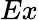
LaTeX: Ex